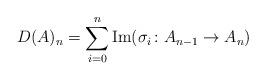
LaTeX: \begin{align*} D(A)_n = \sum_{i=0}^n \operatorname{Im} (\sigma_i \colon A_{n-1} \rightarrow A_n) \end{align*}